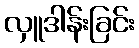
လှူဒါန်းခြင်း